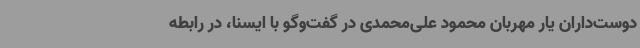
دوست‌داران یار مهربان محمود علی‌محمدی در گفت‌وگو با ایسنا، در رابطه